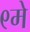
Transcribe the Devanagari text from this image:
९मे